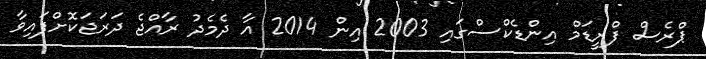
ޕްރެސް ފްރީޑަމް އިންޑެކްސްގައި 2003 އިން 2014 އާ ދެމެދު ރާއްޖެ ދަރަޖަކޮށްފައިވާ